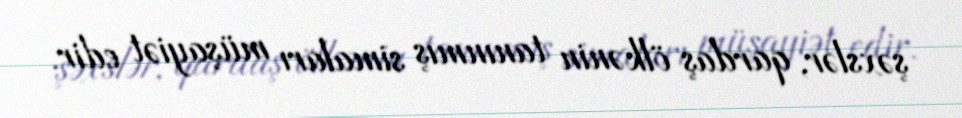
şəxslər, qardaş ölkənin tanınmış simaları müşayiət edir.